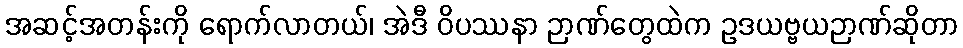
အဆင့်အတန်းကို ရောက်လာတယ်၊ အဲဒီ ဝိပဿနာ ဉာဏ်တွေထဲက ဥဒယဗ္ဗယဉာဏ်ဆိုတာ